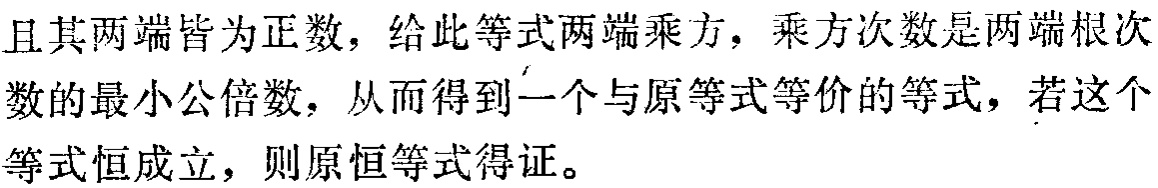
且其两端皆为正数，给此等式两端乘方，乘方次数是两端根次数的最小公倍数，从而得到一个与原等式等价的等式，若这个等式恒成立，则原恒等式得证。